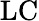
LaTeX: \mathrm{LC}